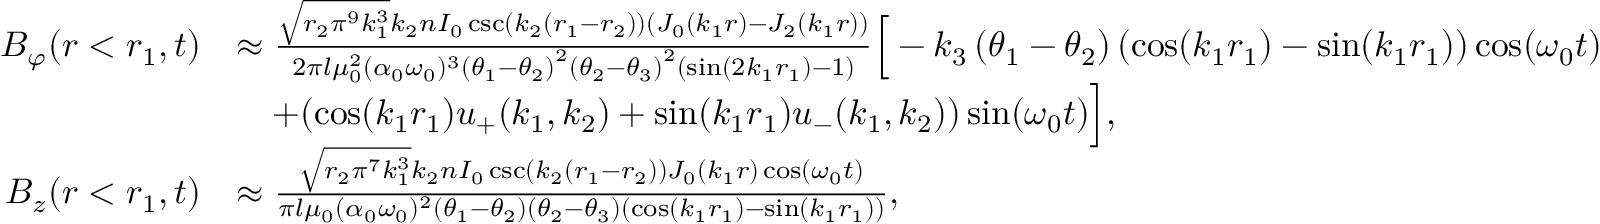
\begin{array} { r l } { B _ { \varphi } ( r < r _ { 1 } , t ) } & { \approx \frac { \sqrt { r _ { 2 } \pi ^ { 9 } k _ { 1 } ^ { 3 } } k _ { 2 } n I _ { 0 } \csc ( k _ { 2 } ( r _ { 1 } - r _ { 2 } ) ) ( J _ { 0 } ( k _ { 1 } r ) - J _ { 2 } ( k _ { 1 } r ) ) } { 2 \pi l \mu _ { 0 } ^ { 2 } ( \alpha _ { 0 } \omega _ { 0 } ) ^ { 3 } \left( \theta _ { 1 } - \theta _ { 2 } \right) ^ { 2 } \left( \theta _ { 2 } - \theta _ { 3 } \right) ^ { 2 } ( \sin ( 2 k _ { 1 } r _ { 1 } ) - 1 ) } \Big [ - k _ { 3 } \left( \theta _ { 1 } - \theta _ { 2 } \right) ( \cos ( k _ { 1 } r _ { 1 } ) - \sin ( k _ { 1 } r _ { 1 } ) ) \cos ( \omega _ { 0 } t ) } \\ & { \quad + ( \cos ( k _ { 1 } r _ { 1 } ) u _ { + } ( k _ { 1 } , k _ { 2 } ) + \sin ( k _ { 1 } r _ { 1 } ) u _ { - } ( k _ { 1 } , k _ { 2 } ) ) \sin ( \omega _ { 0 } t ) \Big ] , } \\ { B _ { z } ( r < r _ { 1 } , t ) } & { \approx \frac { \sqrt { r _ { 2 } \pi ^ { 7 } k _ { 1 } ^ { 3 } } k _ { 2 } n I _ { 0 } \csc ( k _ { 2 } ( r _ { 1 } - r _ { 2 } ) ) J _ { 0 } ( k _ { 1 } r ) \cos ( \omega _ { 0 } t ) } { \pi l \mu _ { 0 } ( \alpha _ { 0 } \omega _ { 0 } ) ^ { 2 } \left( \theta _ { 1 } - \theta _ { 2 } \right) \left( \theta _ { 2 } - \theta _ { 3 } \right) ( \cos ( k _ { 1 } r _ { 1 } ) - \sin ( k _ { 1 } r _ { 1 } ) ) } , } \end{array}